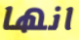
انها